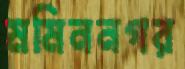
মমিননগর